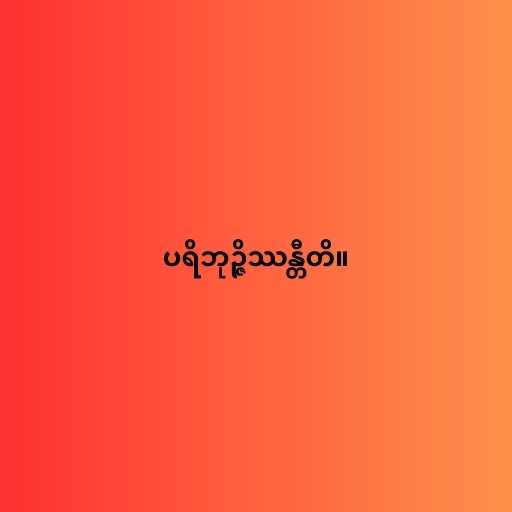
ပရိဘုဉ္ဇိဿန္တီတိ။